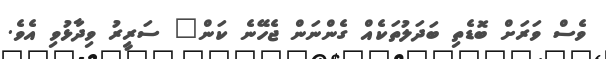
ވެސް ވަރަށް ބޮޑެތި ބަދަލުތަކެއް ގެންނަން ޖެހޭނެ ކަން" ސަރީރު ވިދާޅުވި އެވެ.